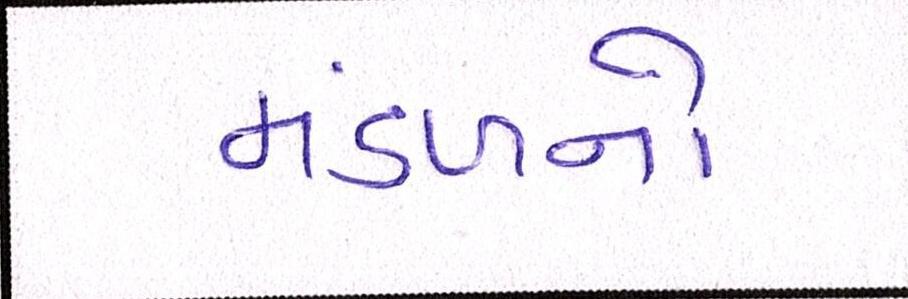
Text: મંડળનો